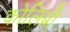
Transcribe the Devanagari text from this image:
कोलिब्री